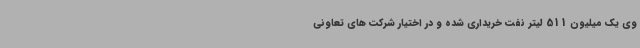
وی یک میلیون 511 لیتر نفت خریداری شده و در اختیار شرکت های تعاونی